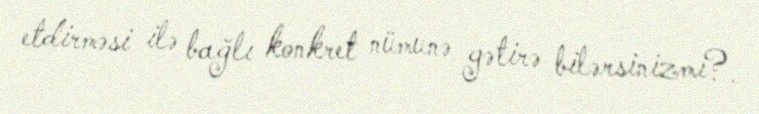
etdirməsi ilə bağlı konkret nümunə gətirə bilərsinizmi?.